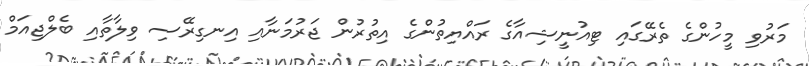
މަރުވި މީހުންގެ ތެރޭގައި ޓިއުނީޝިއާގެ ރައްޔިތުންގެ އިތުުރުން ޖަރުމަނާއި އިނގިރޭސި ވިލާާތާއި ބެލްޖިއަމް